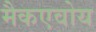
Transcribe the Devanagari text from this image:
मैकएवोय